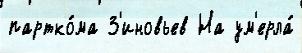
партко́ма З'иновьев На ум'ерла́